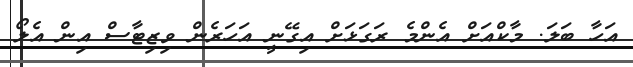
އަހާ ބަލަ. މާކްއަށް އެންމެ ރަގަޅަށް އިގޭނީ އަހަރެން ވިޒިޓާސް އިން އެލޯ